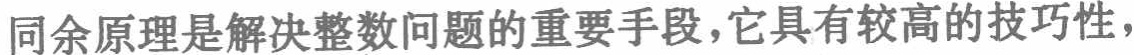
同余原理是解决整数问题的重要手段，它具有较高的技巧性，